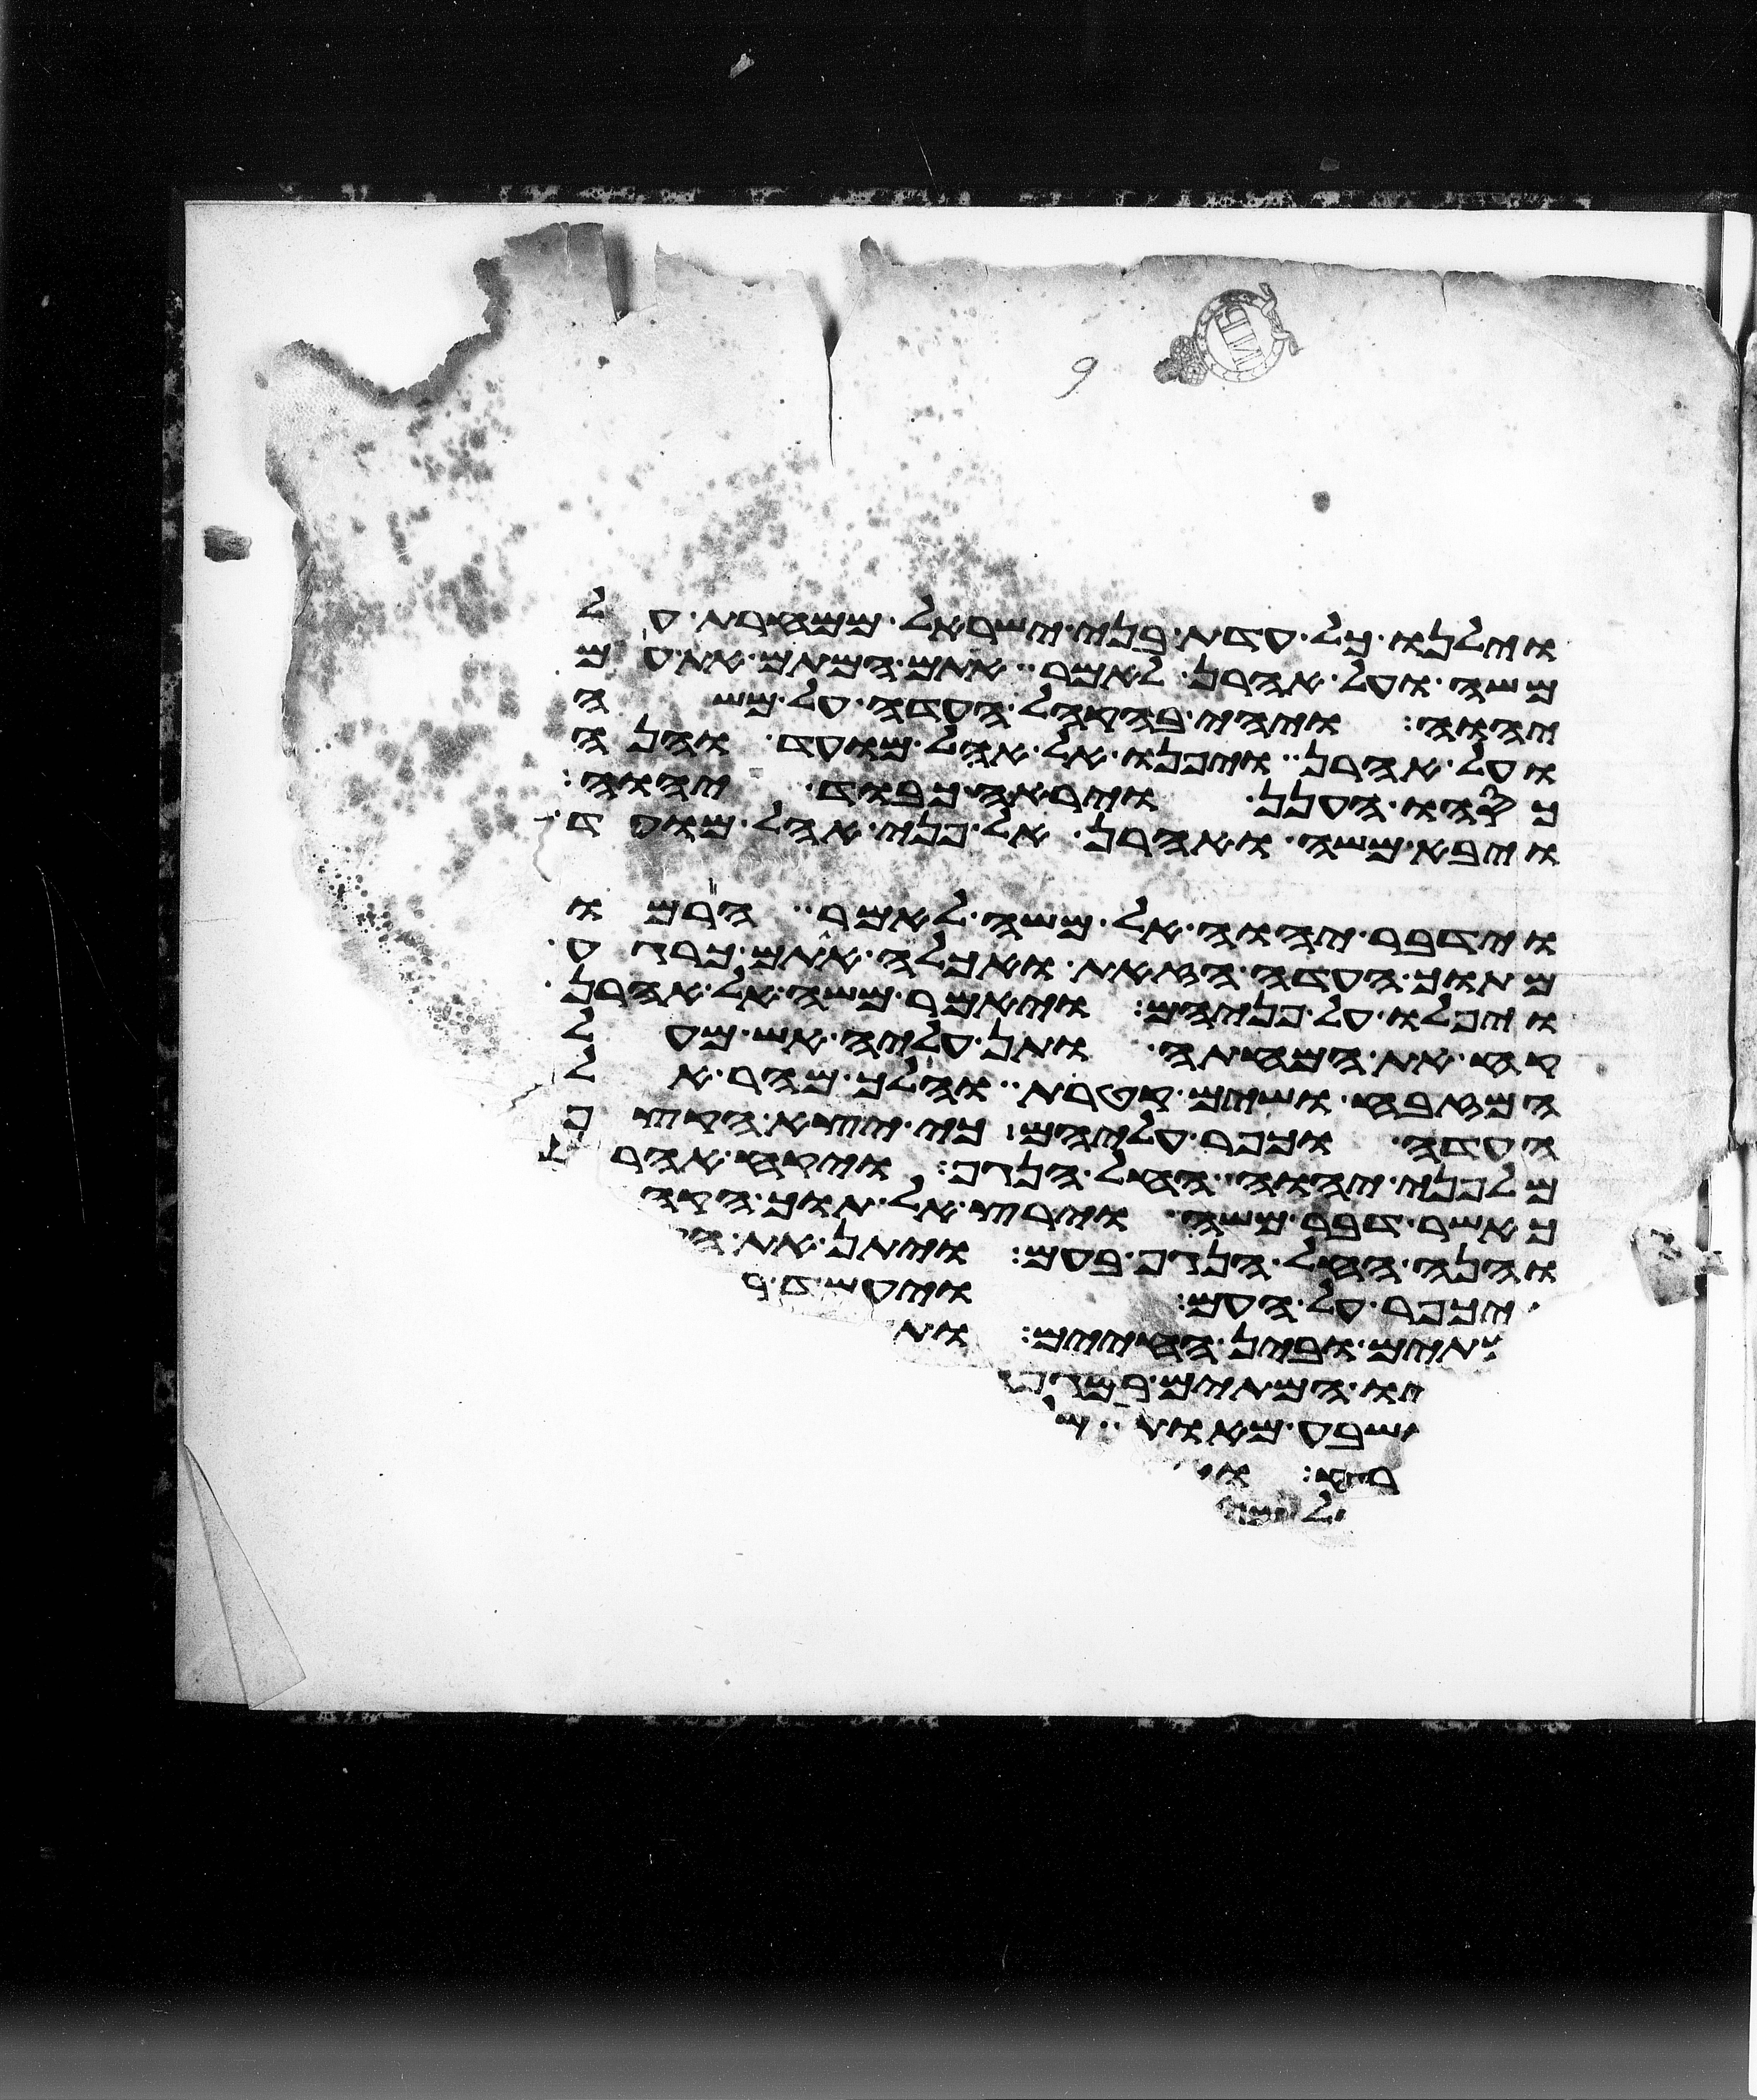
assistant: וילנו כל עדת בני ישראל ממחרת על
משה ועל אהרן לאמר אתם המתם את עם
יהוה ויהי בהקהל העדה על משה
ועל אהרן ויפנו אל אהל מועד והנה
כסהו הענן ויראה כבוד יהוה
ויבא משה ואהרן אל פני אהל מועד
וידבר יהוה אל משה לאמר הרמו
מתוך העדה הזאת ואכלה אתם כרגע
ויפלו על פניהם ויאמר משה אל אהרן
קח את המחתה ותן עליה אש מעל
המזבח ושים קטרת והלך מהר אל
העדה וכפר עליהם כי יצא הקצף
מלפני יהוה החל הנגף ויקח אהרן
כאשר דבר משה וירץ אל תוך הקהל
והנה החל הנגף בעם ויתן את
ויכפר על העם ויעמד
המיתים ובין החיים ותעצר
ויהיו המיתים במגפה
ושבע מאות
רפוא
למה